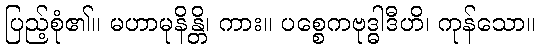
ပြည့်စုံ၏။ မဟာမုနိန္တိ၊ ကား။ ပစ္စေကဗုဒ္ဓါဒီဟိ၊ ကုန်သော။